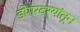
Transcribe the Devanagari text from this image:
डोंगरदर्‍यांतून